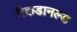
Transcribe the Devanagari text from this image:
मैकडानल्ड